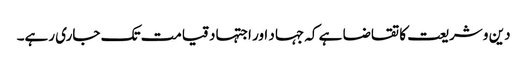
دین و شریعت کا تقاضا ہے کہ جہاد اور اجتہاد قیامت تک جاری رہے۔